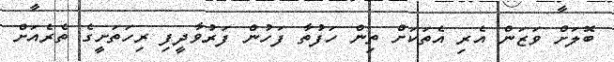
ބޮލަށް ވަޒަން އެރި އެތަކަށް ތިން ހަފުތާ ފަހުން ފަރުވާދީފި ރިހަތަށީގެ ތެރެއަށް